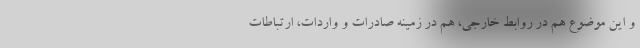
و این موضوع هم در روابط خارجی، هم در زمینه صادرات و واردات، ارتباطات